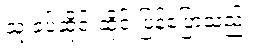
သူ ခပ်ဆိုင်းဆိုင်းပြန်ပြောသည်။